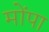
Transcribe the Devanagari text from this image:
मोंपा